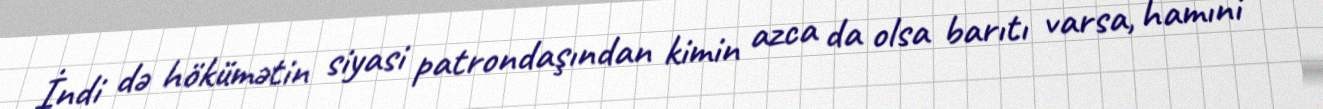
İndi də hökümətin siyasi patrondaşından kimin azca da olsa barıtı varsa, hamıni